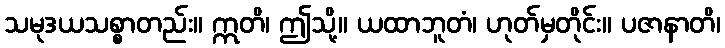
သမုဒယသစ္စာတည်း။ ဣတိ၊ ဤသို့။ ယထာဘူတံ၊ ဟုတ်မှတိုင်း။ ပဇာနာတိ၊